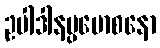
ဥပါဒါနပ္ပမောစနော